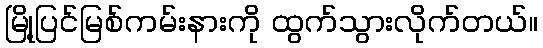
မြို့ပြင်မြစ်ကမ်းနားကို ထွက်သွားလိုက်တယ်။